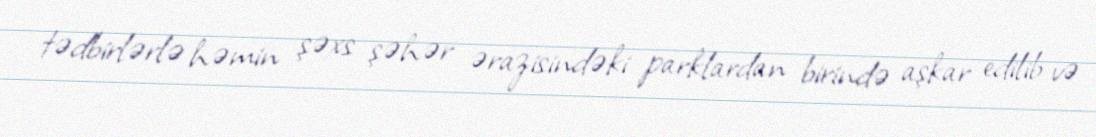
tədbirlərlə həmin şəxs şəhər ərazisindəki parklardan birində aşkar edilib və